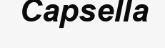
Capsella